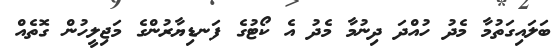
ބަލައިގަތުމާ މެދު ހުއްދަ ދިނުމާ މެދު އެ ކޯޓުގެ ފަނޑިޔާރުންގެ މަޖިލީހުން ގޮތެއް